Lock hospitals Punjab
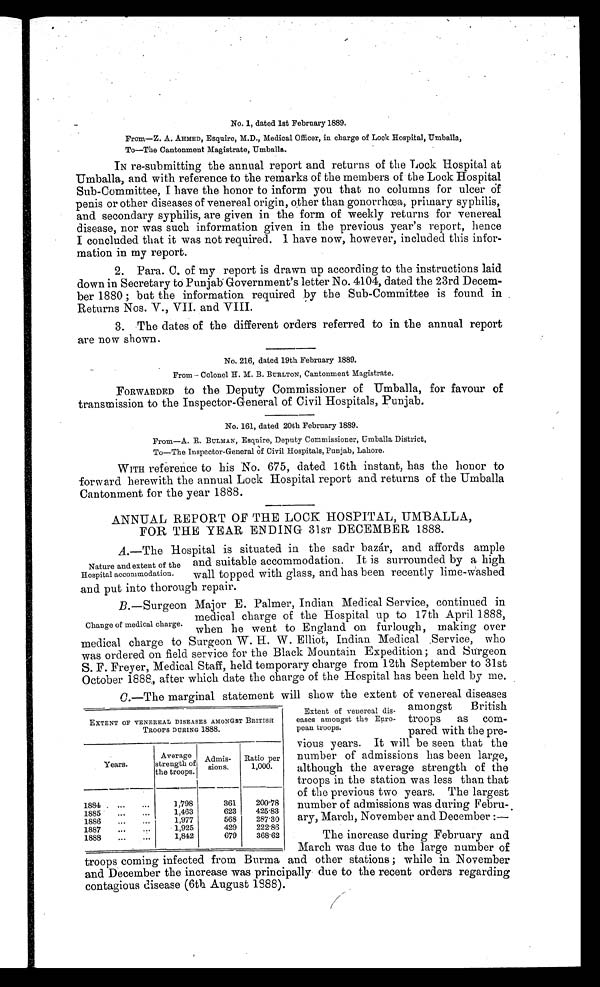
No. 1, dated 1st February 1889.
From—Z. A. AHMED, Esquire, M.D., Medical Officer, in charge of Look Hospital, Umballa,
To—The Cantonment Magistrate, Umballa.
IN re-submitting the annual report and returns of the Lock Hospital at
Umballa, and with reference to the remarks of the members of the Lock Hospital
Sub-Committee, I have the honor to inform you that no columns for ulcer Of
penis or other diseases of venereal origin, other than gonorrhœa, primary syphilis,
and secondary syphilis, are given in the form of weekly returns for venereal
disease, nor was such information given in the previous year's report, hence
I concluded that it was not required. I have now, however, included this infor-
mation in my report.
2. Para. C. of my report is drawn up according to the instructions laid
down in Secretary to Punjab Government's letter No. 4104, dated the 23rd Decem-
ber 1880 ; but the information required by the Sub-Committee is found in
Returns Nos. V., VII. and VIII.
3. The dates of the different orders referred to in the annual report
are now shown.
No. 216, dated 19th February 1889.
From— Colonel H. M. B. BURLTON, Cantonment Magistrate.
FORWARDED to the Deputy Commissioner of Umballa, for favour of
transmission to the Inspector-General of Civil Hospitals, Punjab.
No. 161, dated 20th February 1889.
From—A. R. BULMAN, Esquire, Deputy Commissioner, Umballa District,
To—The Inspector-General Of Civil Hospitals, Punjab, Lahore.
WITH reference to his No. 675, dated 16th instant, has the honor to
forward herewith the annual Lock Hospital report and returns of the Umballa
Cantonment for the year 1888.
ANNUAL REPORT OF THE LOCK HOSPITAL, UMBALLA,
FOR THE YEAR ENDING 31ST DECEMBER 1.888.
A.—The Hospital is situated in the sadr bazár, and affords ample
and suitable accommodation. It is surrounded by a high
wall topped with glass, and has been recently lime-Washed
and put into thorough repair.
B.—Surgeon Major E. Palmer, Indian Medical Service, continued in
medical charge of the Hospital up to 17th April 1888,
when he went to England on furlough, making over
medical charge to Surgeon W. H. W. Elliot, Indian Medical Service, who
was ordered on field service for the Black Mountain Expedition; and Surgeon
S. F. Freyer, Medical Staff, held temporary charge from 12th September to 31st
October 1888, after which date the charge of the Hospital has been held by mo.
EXTENT OF VENEREAL DISEASES AMONGST BRITISH
TROOPS DURING 1888.
Years.
Average
strength of
the troops.
Admis -
sions.
Ratio per
1,000.
1884
...
...
1,798
361
200.78
1885
...
1,463
623
425.83
1886
...
...
1,977
568
287.30
1887
. . .
1,925
429
222.86
1888
...
...
1,842
679
368.62
Nature and extent of the
Hospital accommodation.
Change of medical charge.
C.—The marginal statement will show the extent of venereal diseases
amongst
British
troops as com-
pared with the pre-
vious years. It will be seen that the
number of admissions has been large,
although the average strength of the
troops in the station was less than that
of the previous two years. The largest
number of admissions was during Febru-
ary, March, November and December :—
Extent of venereal dis-
eases amongst the Euro-
pean troops.
The increase during February and
March was due to the large number of
troops coming infected from Burma and other stations ; while in November
and December the increase was principally due to the recent orders regarding
contagious disease (6th August 1888).